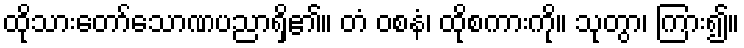
ထိုသားတော်သောဏပညာရှိ၏။ တံ ဝစနံ၊ ထိုစကားကို။ သုတွာ၊ ကြား၍။